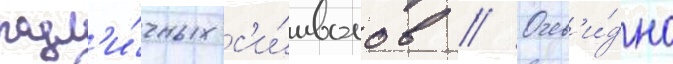
разл'и́чных с'и́мволов // Очев'и́дно